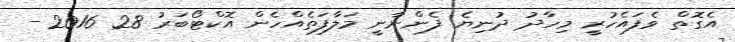
އެގޮތް ވެފައެހުރީ މިހާދު ދުނިޔެ ފެންނާނީ މަލާފަތެއްހެން އޮކްޓޯބަރު 28